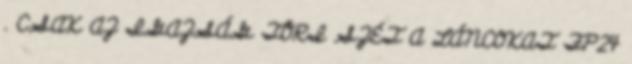
. CSAK AZ IGAZSÁG TÖRI SZÉT A LÁNCOKAT FP24